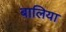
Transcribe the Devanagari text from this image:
बालिया